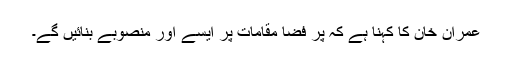
عمران خان کا کہنا ہے کہ پُر فضا مقامات پر ایسے اور منصوبے بنائیں گے۔